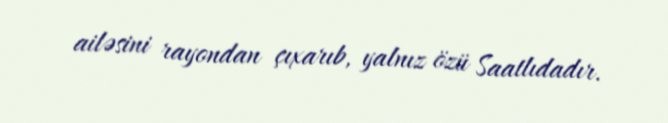
ailəsini rayondan çıxarıb, yalnız özü Saatlıdadır.